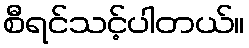
စီရင်သင့်ပါတယ်။